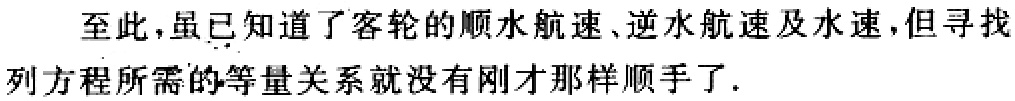
至此，虽已知道了客轮的顺水航速、逆水航速及水速，但寻找列方程所需的等量关系就没有刚才那样顺手了.